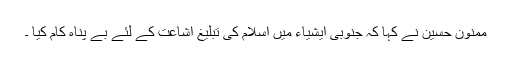
ممنون حسین نے کہا کہ جنوبی ایشیاء میں اسلام کی تبلیغ اشاعت کے لئے بے پناہ کام کیا ۔